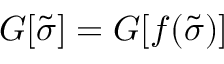
G [ { \tilde { \sigma } } ] = G [ { f ( \tilde { \sigma } ) } ]